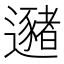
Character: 𰻛